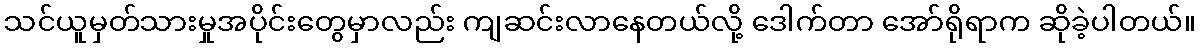
သင်ယူမှတ်သားမှုအပိုင်းတွေမှာလည်း ကျဆင်းလာနေတယ်လို့ ဒေါက်တာ အော်ရိုရာက ဆိုခဲ့ပါတယ်။